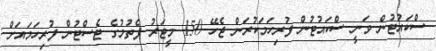
ސްކައުޓުން ވަނީ ސްކައުޓުން ފުރިހަމަކުރަން ޖެހޭ 150 މީޓަރު ފެތުމުގެ ޓެސްޓުން ފުރިހަމައަށް